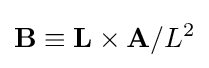
\mathbf {B} \equiv \mathbf {L} \times \mathbf {A} /L^{2}